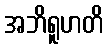
အဘိရူဟတိ